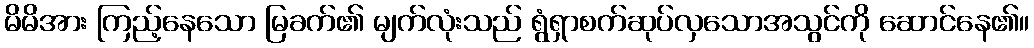
မိမိအား ကြည့်နေသော မြခက်၏ မျက်လုံးသည် ရွံရှာစက်ဆုပ်လှသောအသွင်ကို ဆောင်နေ၏။